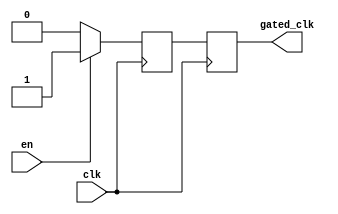
module ClockGatingBuffer (
    input wire clk,        // Primary clock signal
    input wire en,        // Enable signal
    output reg gated_clk   // Gated clock output
);

// Internal signal to synchronize gated clock
reg gated_clk_sync;

// Always block to handle the gated clock logic
always @(posedge clk) begin
    if (en) begin
        gated_clk_sync <= 1'b1; // Pass through the clock when enabled
    end else begin
        gated_clk_sync <= 1'b0; // Hold low when disabled
    end
end

// Assign gated clock output
always @(posedge clk) begin
    gated_clk <= gated_clk_sync; // Synchronize gated clock output
end

endmodule